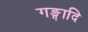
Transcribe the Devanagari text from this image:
गङ्गादि